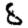
Digit: 8